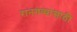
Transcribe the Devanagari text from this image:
रानगव्यांसाठी